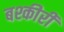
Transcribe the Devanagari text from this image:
बश्कीरी